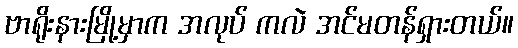
ဗာရိုးနားမြို့မှာက အလုပ် ကလဲ အင်မတန်ရှားတယ်။